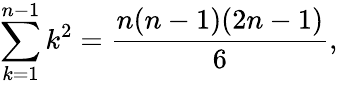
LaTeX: \sum_{k=1}^{n-1}k^{2}=\frac{n(n-1)(2n-1)}{6},